Report of the Bombay Plague Committee
Disease focus: Plague
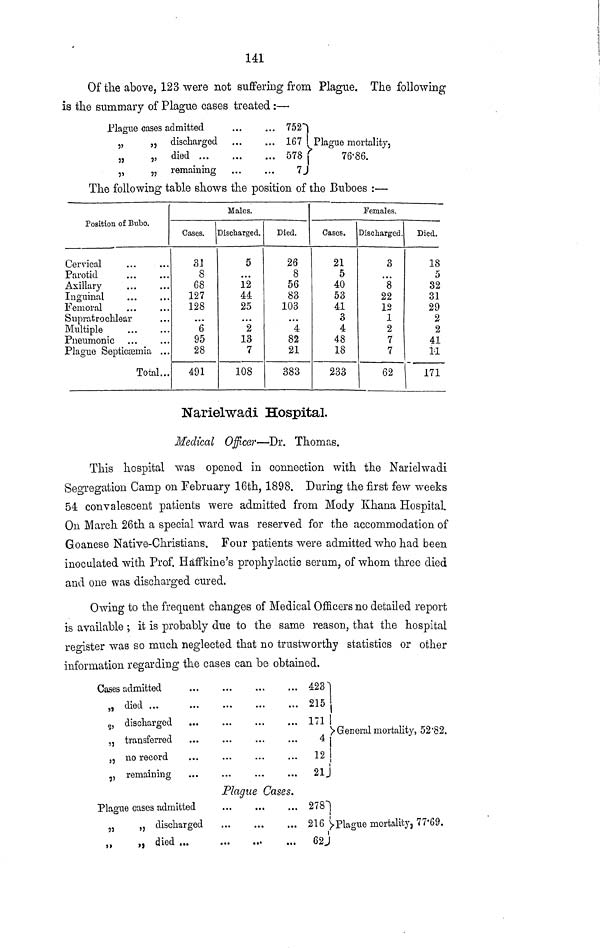
141
Of the above, 123 were not suffering from Plague. The following
is the summary of Plague cases treated :—
Plague cases admitted
,,
„ discharged
„
„ died ...
„
„ remaining
...
...
...
...
...
...
...
...
752
167
578
7
Plague mortality,
76-86.
The following table shows the position of the Buboes :—
Position of Bubo.
Cervical
Parotid
Axillary
Inguinal
Femoral
Supratrochlear
Multiple
Pneumonic
Plague Septicaemia ...
Total...
Males.
Cases.
31
8
68
127
128
...
6
95
28
491
Discharged.
5
...
12
44
25
...
2
13
7
108
Died.
26
8
56
83
103
...
4
82
21
383
Females.
Oases.
21
5
40
53
41
3
4
48
18
233
Discharged.
3
8
22
12
1
2
7
7
62
Died.
18
5
32
31
29
2
2
41
11
171
Narielwadi Hospital.
Medical Officer—Dr. Thomas.
This hospital was opened in connection with the Narielwadi
Segregation Camp on February 16th, 1898. During the first few weeks
54. convalescent patients were admitted from Mody Khana Hospital
On March 26th a special ward was reserved for the accommodation of
Goanese Native-Christians. Four patients were admitted who had been
inoculated with Prof. Haffkine's prophylactic serum, of whom three died
and one was discharged cured.
Owing to the frequent changes of Medical Officers no detailed report
is available ; it is probably due to the same reason, that the hospital
register was so much neglected that no trustworthy statistics or other
information regarding the cases can be obtained.
Cases admitted
„ died ...
„ transferred
55 no record
„ remaining
Plague cases admitted
53
„ discharged
„ died ...
Plaque C
¿7
lases.
...
423
215
171i
4
12
21
278
216
62
G en eral mortality, 52 '82.
•Plague mortality, 77'69.